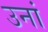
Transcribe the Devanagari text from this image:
उनां